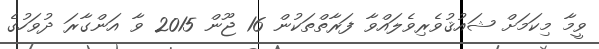
ވީމާ މިކަމަށް ޝައުޤުވެރިވެލައްވާ ފަރާތްތަކުން 16 ޖޫން 2015 ވާ އަންގާރަ ދުވަހުގެ